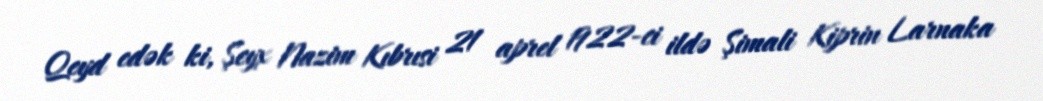
Qeyd edək ki, Şeyx Nazim Kıbrısi 21 aprel 1922-ci ildə Şimali Kiprin Larnaka